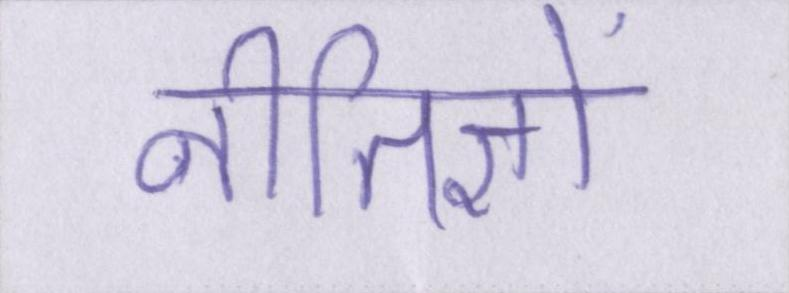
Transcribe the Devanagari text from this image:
नीतिज्ञों